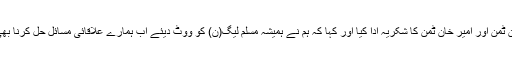
وفد نے سردار ممتاز خان ٹمن اور امیر خان ٹمن کا شکریہ ادا کیا اور کہا کہ ہم نے ہمیشہ مسلم لیگ(ن) کو ووٹ دیئے اب ہمارے علاقائی مسائل حل کرنا بھی حکومت کا ہی کام ہے۔